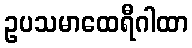
ဥပသမာထေရီဂါထာ